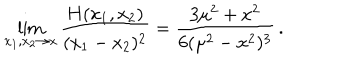
LaTeX: \lim _ { x _ { 1 } , x _ { 2 } \to x } \frac { H ( x _ { 1 } , x _ { 2 } ) } { ( x _ { 1 } - x _ { 2 } ) ^ { 2 } } = \frac { 3 \mu ^ { 2 } + x ^ { 2 } } { 6 ( \mu ^ { 2 } - x ^ { 2 } ) ^ { 3 } } \, .